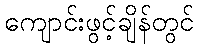
ကျောင်းဖွင့်ချိန်တွင်